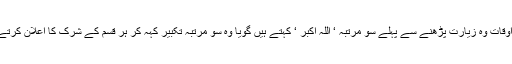
اغلب اوقات وہ زیارت پڑھنے سے پہلے سو مرتبہ ‘ اللہ اکبر ‘ کہتے ہیں گویا وہ سو مرتبہ تکبیر کہہ کر ہر قسم کے شرک کا اعلان کرتے ہیں ۔